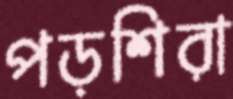
পড়শিরা